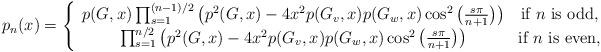
LaTeX: \begin{align*} p_n(x) = \left\{\begin{array}{cc}p(G,x)\prod_{s=1}^{(n-1)/2} \left(p^2(G,x) - 4x^2p(G_v,x)p(G_w,x) \cos^2\left(\frac{s\pi}{n+1}\right) \right) & \mbox{if $n$ is odd},\\\prod_{s=1}^{n/2} \left(p^2(G,x) - 4x^2p(G_v,x)p(G_w,x) \cos^2\left(\frac{s\pi}{n+1}\right) \right) & \mbox{if $n$ is even},\end{array}\right.\end{align*}